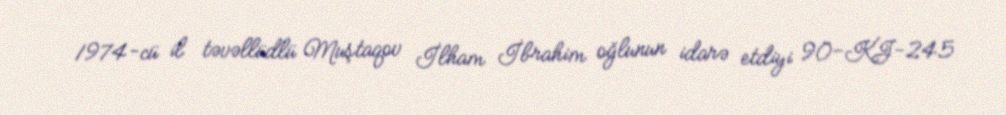
1974-cü il təvəllüdlü Muştaqov İlham İbrahim oğlunun idarə etdiyi 90-KJ-245